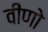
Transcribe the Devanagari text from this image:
वीणो